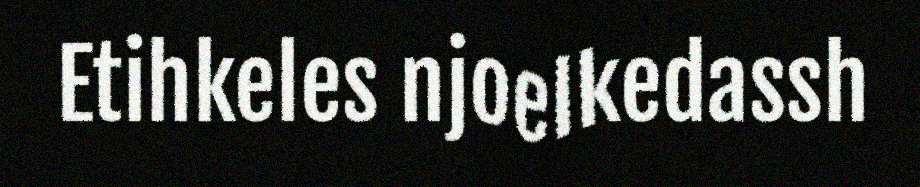
Etihkeles njoelkedassh